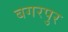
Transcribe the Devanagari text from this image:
बगरपुर